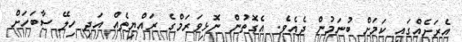
އެރަށެއްގައި ކަމަށް ބުނަމުން ދެއެވެ. އެގޮތުން ނޮޅިވަރަމްގެ ރައްޔިތެއް އަދި ހިލޭ ސާބަހަށް